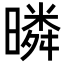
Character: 暽